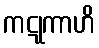
ကဋုကာဟိ